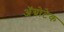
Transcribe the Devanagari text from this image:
अॅग्रोटेक